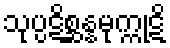
သုပ္ပဋိစ္ဆန္နမုက္ကုဋိ